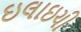
ઇલાઇચી